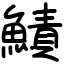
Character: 鰿